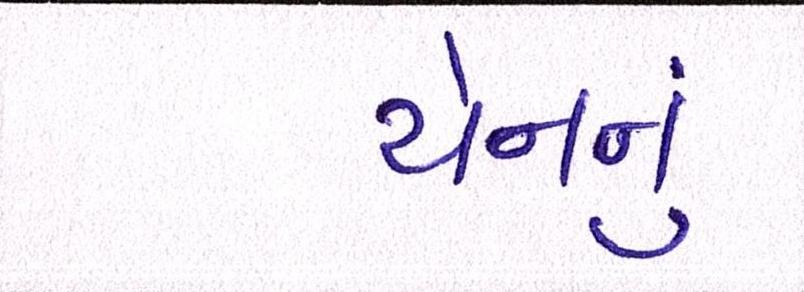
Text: યેનનું